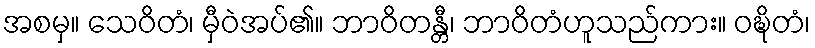
အစမှ။ သေဝိတံ၊ မှီဝဲအပ်၏။ ဘာဝိတန္တီ၊ ဘာဝိတံဟူသည်ကား။ ဝဍ္ဎိတံ၊